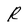
Character: R